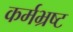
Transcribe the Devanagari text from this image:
कर्मभ्रष्ट